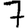
Digit: 7